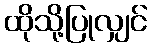
ထိုသို့ပြုလျှင်